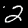
Label: 2